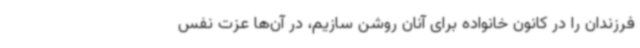
فرزندان را در کانون خانواده برای آنان روشن سازیم، در آن‌ها عزت نفس